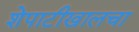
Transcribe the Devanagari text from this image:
शेपाटीखालचा